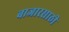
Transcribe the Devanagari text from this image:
बाजारसाठी